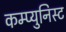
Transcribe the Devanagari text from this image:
कम्प्युनिस्ट